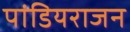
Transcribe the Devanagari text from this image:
पांडियराजन